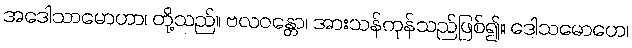
အဒေါသာမောဟာ၊ တို့သည်။ ဗလဝန္တော၊ အားသန်ကုန်သည်ဖြစ်၍။ ဒေါသမောဟေ၊